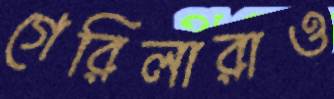
গেরিলারাও